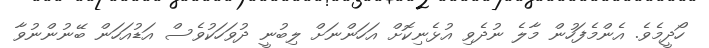
ހޯދީމެވެ. އެންމެފަހުން މާލެ ނުދެވި އުޅެނިކޮށް އަހަންނަށް ލިބުނީ ދުވަހަކުވެސް އަޑުއަހަން ބޭނުންނުވާ